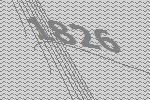
1826